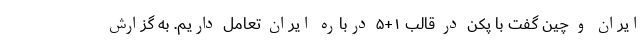
ایران و چین گفت با پکن در قالب ۱+۵ درباره ایران تعامل داریم. به گزارش